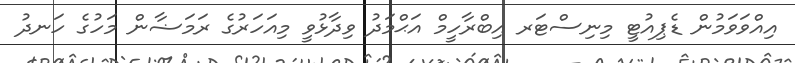
އިއްވަވަމުން ޑެޕިއުޓީ މިނިސްޓަރ އިބްރާހީމް އަޙްމަދު ވިދާޅުވީ މިއަހަރުގެ ރަމަޟާން މަހުގެ ހަނދު